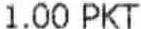
1.00 PKT